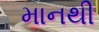
માનથી